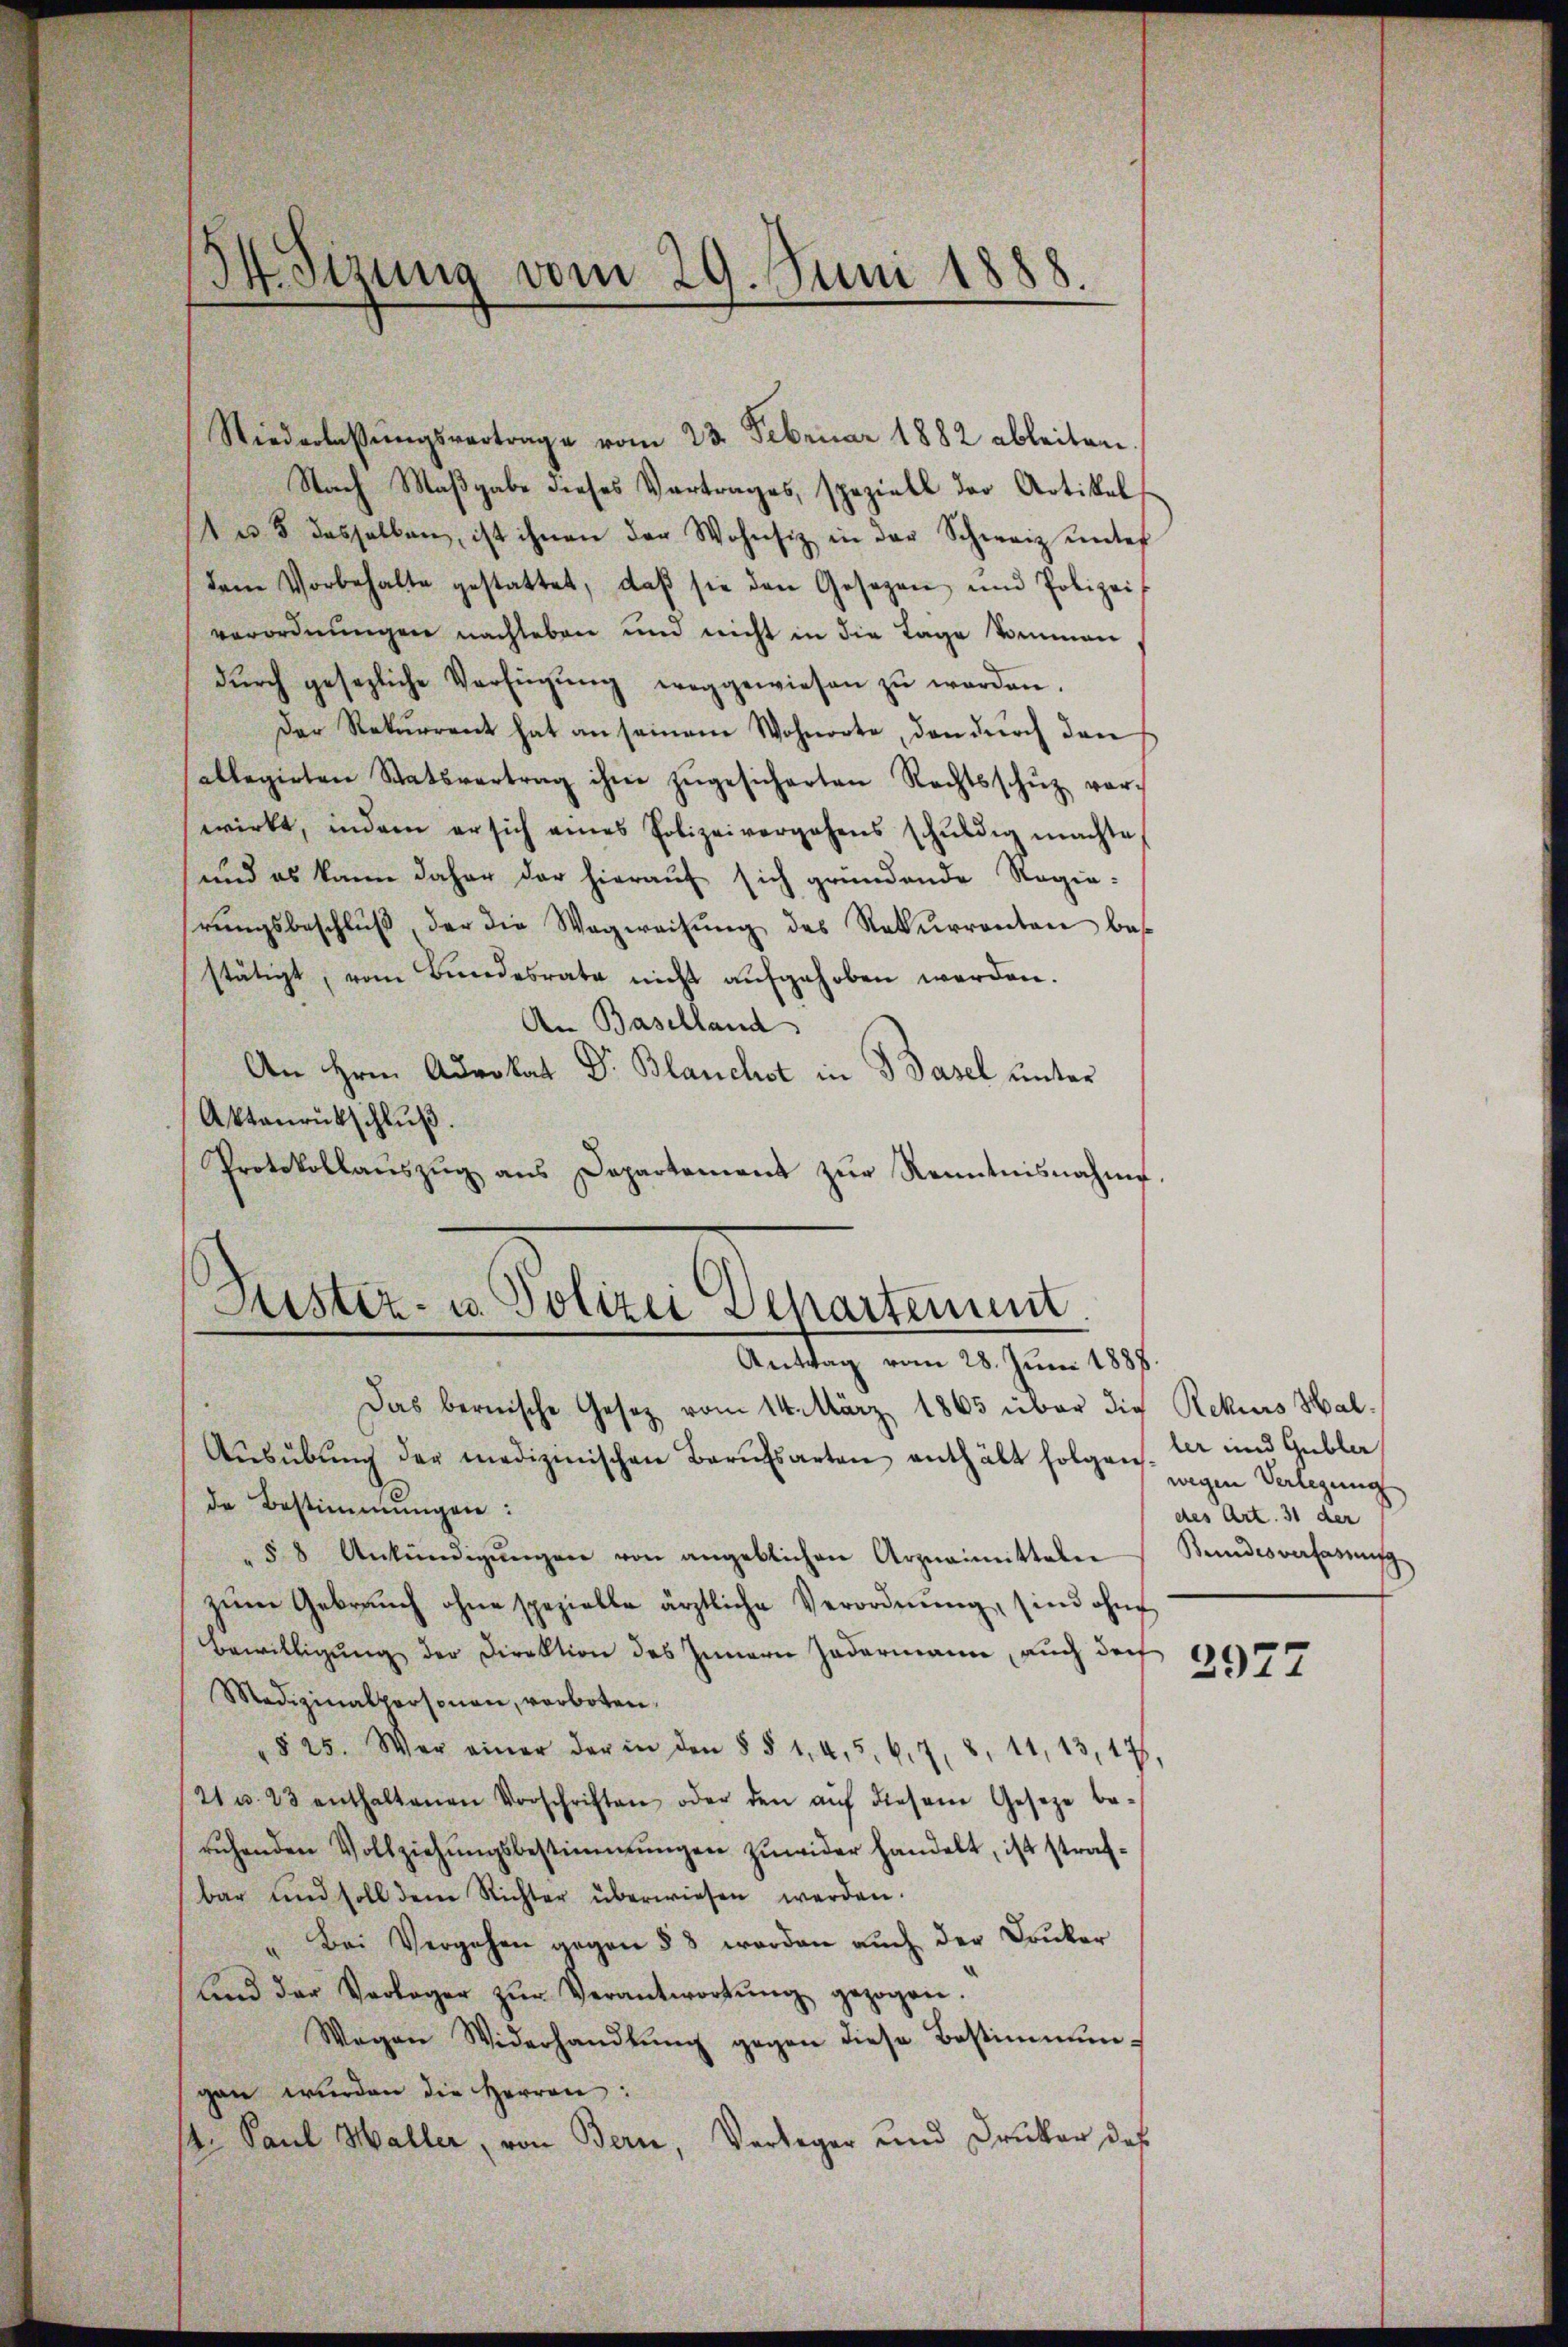
Niederlaβŭngsvertrage vom 23. Februar 1882 ableiten.
Nach Maßgabe dieses Vortrages, speziell der Artikel
u 8 dasselben, ist ihnen der Wohnsiz in der Schweiz unter
dem Vorbehalte gestattet, daβ sie den Gesezen und Polizei
verordnungen nachleben und nicht in die Tage kommen
dŭrch gesezliche Verfügŭng weggewiesen zŭ werden.
Der Rekurrent hat an seinem Wohnorte, den durch den
allegirten Statsvertrag ihm zŭgesicherten Rechtsschŭz vor-
wirkt, indem er sich eines Polizeivergehens schŭldig machte
und es kann daher der hierauf sich gründende Regierŭngsbeschlŭβ der die Wegweisŭng des Rekurrenten bes
stätigt, vom Bŭndesrate nicht aŭfgehoben werden.
An Baselland
An Hrn. Advokat Dr. Blanchet in Basel unter
Aktaŭrückschlŭβ
Protokollaŭszŭg ans Departement zŭr Kenntnisnahme.

34. Sizung vom 29. Juni 1888.

Justiz- u. Polizei Departement
Antrag vom 28. Juni 1888.

Das bernische Gesetz vom 14. März 1865 über die Rekurs Hal¬
Aŭsübŭng der medizinischen Barŭfsarten enthält folgen.
de Bestimmungen:
§ 8 Ankündigŭngen von angeblichen Arzneimitteln
zum Gebrauch ohne spezielle ärztliche Verordnung, sind ohne
Bewilligung der Direktion des Innern Zadermann, auch darf
Medizinalpersonen, verboten,
§ 25. Wer einer der in den § § 1, 45. 67. 8. 11, 13, 17.
21 u. 23 enthaltenen Vorschriften oder den aŭf diesem Gesetze be-
ruhenden Vollziehŭngsbestimmungen zŭwider handelt, ist strafbar und soll dem Richter überwiesen werden.
" Bei Vergehen gegen § 8 worden aŭch der Druker
und der Verleger zŭr Verantwortŭng gezogen.
Wagen Widerhandlŭng gegen diese Bestimmun-
gen wurden die Herren:
4. Paul Haller, von Bern, Verleger und Drucker des

ler und Gubler
wegen Verlegung
des Art. 31 der
Keindesverfaßung

2977